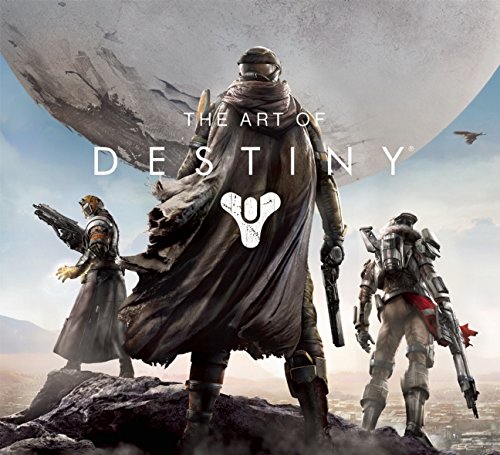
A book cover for The Art of Destiny; Bungie; Science Fiction & Fantasy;